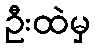
ဦးထဲမှ